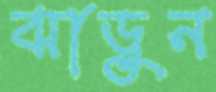
ঝাড়ুন